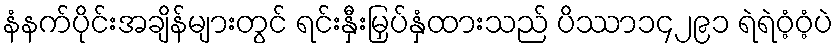
နံနက်ပိုင်းအချိန်များတွင် ရင်းနှီးမြှပ်နှံထားသည် ပိဿာ၁၄၂၉၁ ရဲရဲဝံ့ဝံ့ပဲ